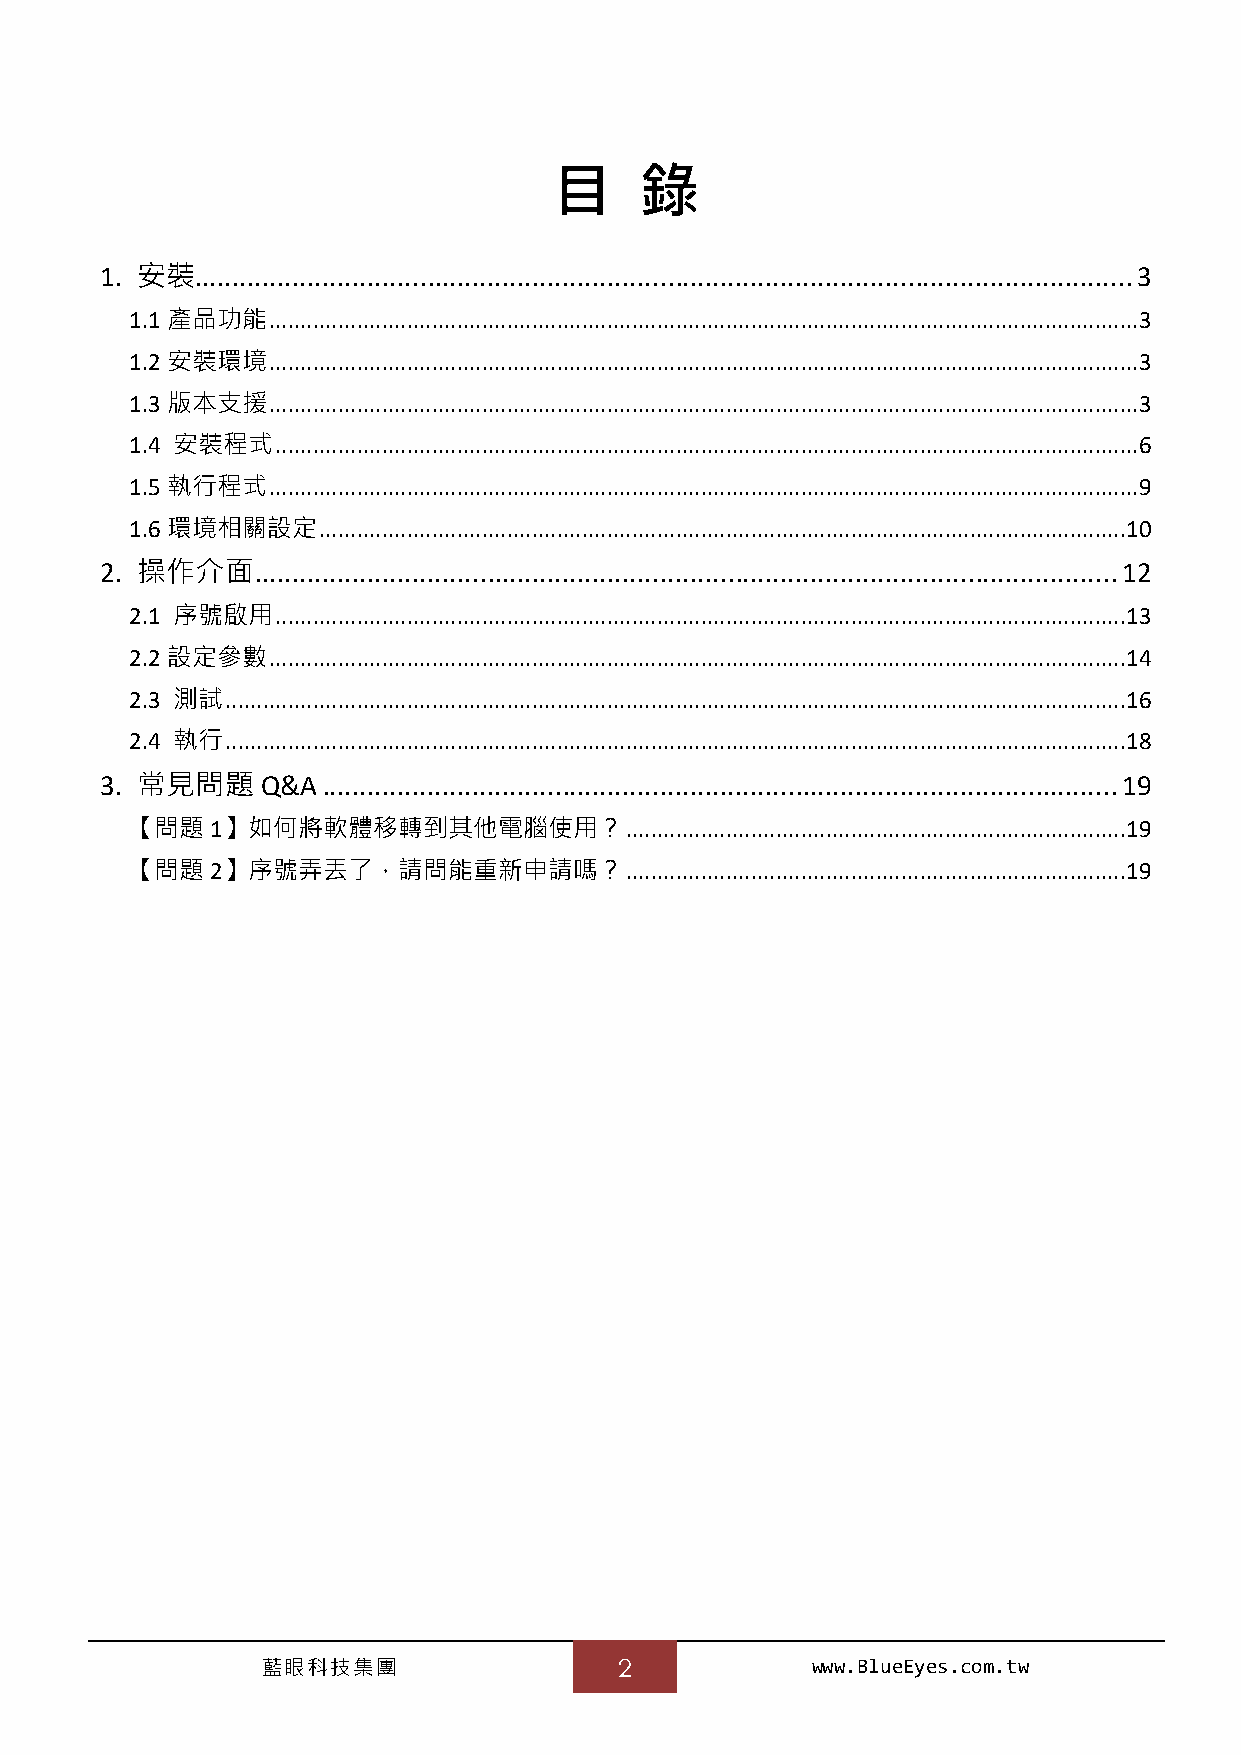
目    錄
 1. 安裝............................................................................................................................. 3
 1.1 產品功能 ........................................................................................................................................... 3
 1.2 安裝環境 ........................................................................................................................................... 3
 1.3 版本支援 ........................................................................................................................................... 3
 1.4 安裝程式 .......................................................................................................................................... 6
 1.5 執行程式 ........................................................................................................................................... 9
 1.6 環境相關設定  ................................................................................................................................. 10
 2. 操作介面   ................................................................................................................... 12
 2.1 序號啟用 ........................................................................................................................................ 13
 2.2 設定參數 ......................................................................................................................................... 14
 2.3 測試 ................................................................................................................................................ 16
 2.4 執行 ................................................................................................................................................ 18
 3. 常見問題   Q&A .......................................................................................................... 19
 【問題1】如何將軟體移轉到其他電腦使用？            ................................................................................ 19
 【問題2】序號弄丟了，請問能重新申請嗎？            ................................................................................ 19
 藍眼科技集團                  2            www.BlueEyes.com.tw